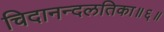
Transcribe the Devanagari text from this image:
चिदानन्दलतिका॥६॥